Indian journal of veterinary science and animal husbandry - Volumes 18-21, 1948-1951
Year: 1948
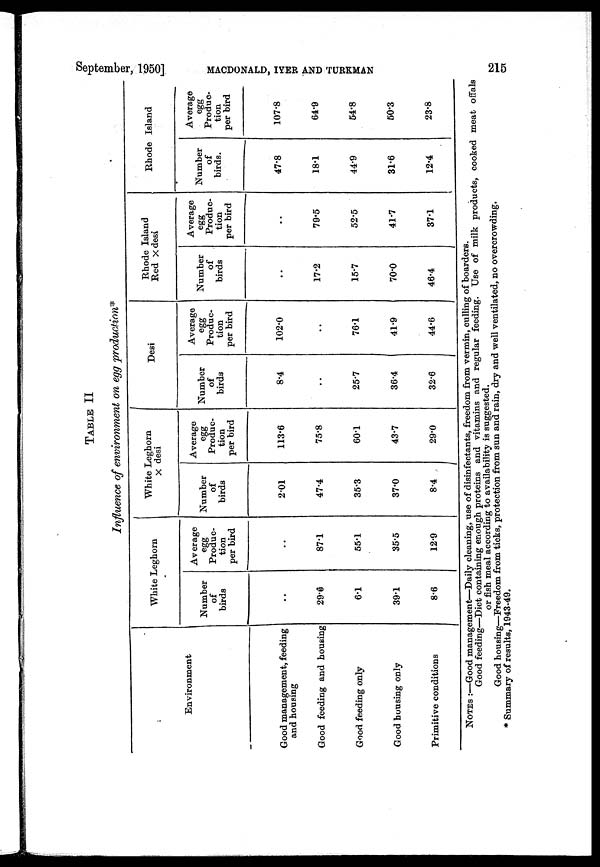
September, 1950]
MACDONALD,
IYER
AND
TURKMAN
215
TABLE II
Influence of environment on egg production*
Environment
Good management, feeding
and housing
Good feeding and housing
Good feeding only
Good housing only
Primitive conditions
White Leghorn
Number
of
birds
..
29.6
6.1
39.1
8.6
Average
egg
Produc-
tion
per bird
..
87.1
55.1
35.5
12.9
White Leghorn
× desi
Number
of
birds
2.01
47.4
35.3
37.0
8.4
Average
egg
Produc-
tion
per bird
113.6
75.8
60.1
43.7
29.0
Desi
Number
of
birds
8.4
..
25.7
36.4
32.6
Average
egg
Produc-
tion
per bird
102.0
..
76.1
41.9
44.6
Rhode Island
Red × desi
Number
of
birds
..
17.2
15.7
70.0
46.4
Average
egg
Produc-
tion
per bird
..
79.5
52.5
41.7
37.1
Rhode Island
Number
of
birds.
47.8
18.1
44.9
31.6
12.4
Average
egg
Produc-
tion
per bird
107.8
64.9
54.8
50.3
23.8
NOTES :—Good management—Daily cleaning, use of disinfectants, freedom from vermin, culling of boarders.
Good feeding—Diet containing enough proteins and vitamins and regular feeding. Use of milk products, cooked meat offals
or fish meal according to availability is suggested.
Good housing—Freedom from ticks, protection from sun and rain, dry and well ventilated, no overcrowding.
* Summary of results, 1943-49.